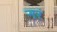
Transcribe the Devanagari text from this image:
नरं